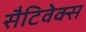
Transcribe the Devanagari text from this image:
सैटिवेक्स